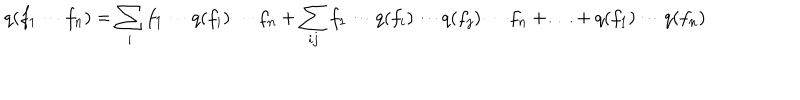
LaTeX: q ( f _ { 1 } \cdots f _ { n } ) = \sum _ { i } f _ { 1 } \cdots q ( f _ { i } ) \cdots f _ { n } + \sum _ { i j } f _ { 1 } \cdots q ( f _ { i } ) \cdots q ( f _ { j } ) \cdots f _ { n } + \ldots + q ( f _ { 1 } ) \cdots q ( f _ { n } )